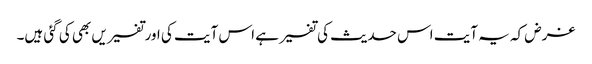
غرض کہ یہ آیت اس حدیث کی تفسیر ہے اس آیت کی اورتفسیریں بھی کی گئی ہیں۔